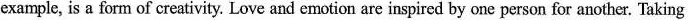
example, is a form of creativity. Love and emotion are inspired by one person for another. Taking